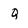
Character: Q